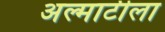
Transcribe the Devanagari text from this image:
अल्माटीला